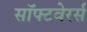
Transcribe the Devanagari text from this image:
सॉफ्टवेरर्स